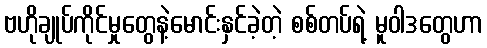
ဗဟိုချုပ်ကိုင်မှုတွေနဲ့မောင်းနှင်ခဲ့တဲ့ စစ်တပ်ရဲ့ မူဝါဒတွေဟာ